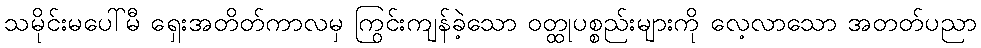
သမိုင်းမပေါ်မီ ရှေးအတိတ်ကာလမှ ကြွင်းကျန်ခဲ့သော ဝတ္ထုပစ္စည်းများကို လေ့လာသော အတတ်ပညာ